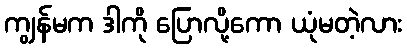
ကျွန်မက ဒါကို ပြောလို့ကော ယုံမတဲ့လား